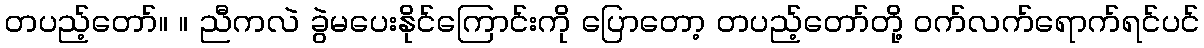
တပည့်တော်။ ။ ညီကလဲ ခွဲမပေးနိုင်ကြောင်းကို ပြောတော့ တပည့်တော်တို့ ဝက်လက်ရောက်ရင်ပင်